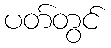
ပတ်တွင်